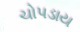
ચોપડાય